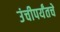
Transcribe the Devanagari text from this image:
उंचीपर्यंतचे